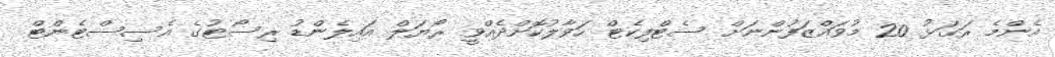
އެންމެ ރަގަޅު 20 މުވައްޒަފުންނަށް ސެޓްފިކެޓް ހަވާލުކޮށްދެއްވީ ރޯޔަލް އައިލެންޑު ރިސޯޓުގެ އެސިސްޓެންޓް